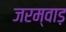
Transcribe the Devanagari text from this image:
जरम्वाड़